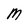
Character: M